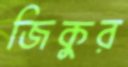
জিকুর